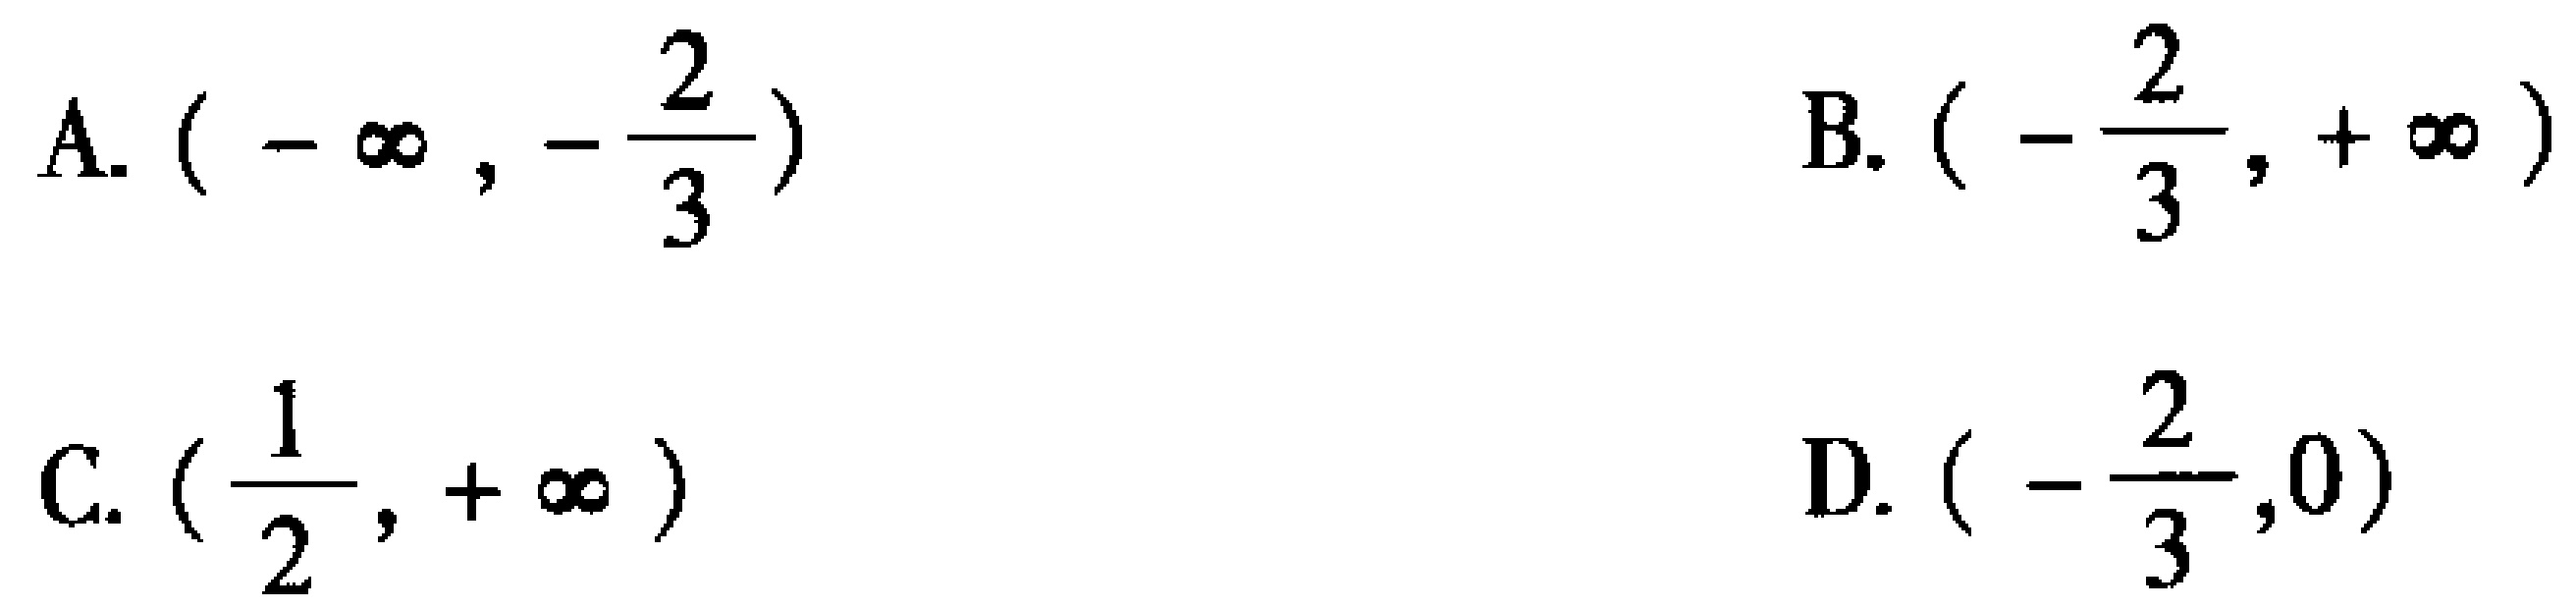
A. \((-\infty,-\frac{2}{3})\)

B. \((-\frac{2}{3},+\infty)\)

C. \((\frac{1}{2},+\infty)\)

D. \((-\frac{2}{3},0)\)